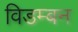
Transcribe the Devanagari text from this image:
विडम्बन